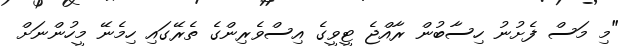
"މި މަސް ފެށުނު ހިސާބުން ރާއްޖެ ޓީވީގެ އިސްވެރިންގެ ތެރޭގައި ހިމެނޭ މީހުންނަށް